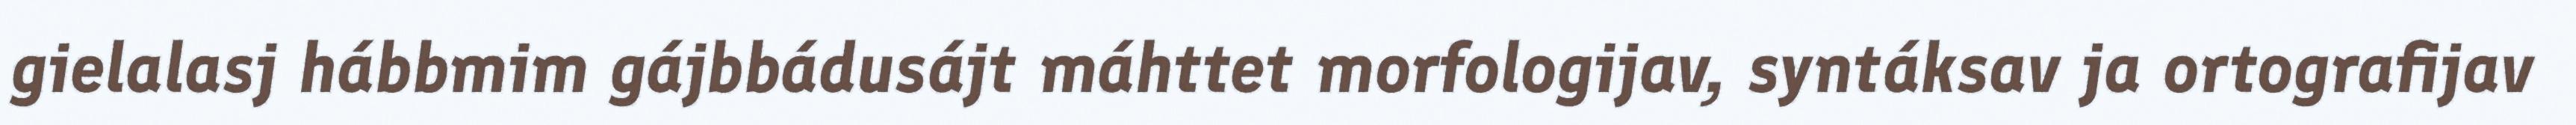
gielalasj hábbmim gájbbádusájt máhttet morfologijav, syntáksav ja ortografijav